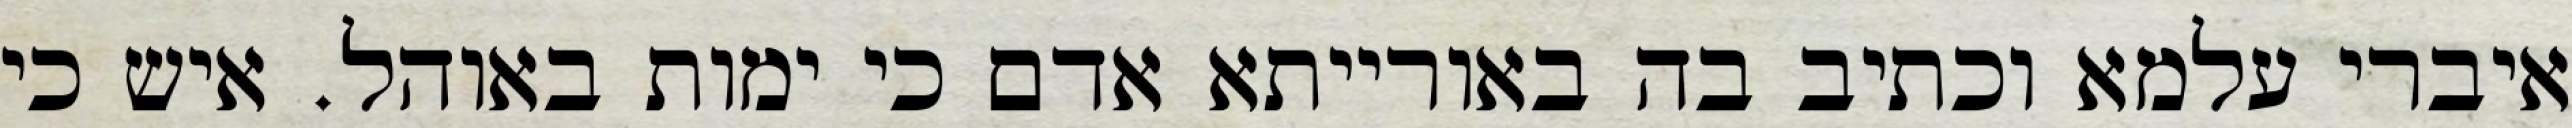
איברי עלמא וכתיב בה באורייתא אדם כי ימות באוהל. איש כי